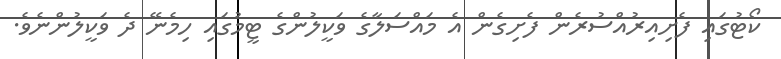
ކޯޓުގައި ފެށިއިރުއްސުރެން ފެށިގެން އެ މައްސަލާގެ ވަކީލުންގެ ޓީމުގައި ހިމެނޭ ދެ ވަކީލުންނެވެ.